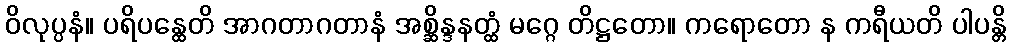
ဝိလုပ္ပနံ။ ပရိပန္ထေတိ အာဂတာဂတာနံ အစ္ဆိန္ဒနတ္ထံ မဂ္ဂေ တိဋ္ဌတော။ ကရောတော န ကရီယတိ ပါပန္တိ